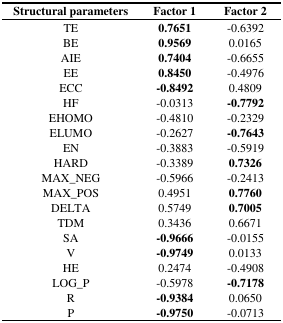
| Structural parameters | Factor 1 | Factor 2 |
 | --- | --- | --- |
 | TE | 0.7651 | −0.6392 |
 | BE | 0.9569 | 0.0165 |
 | AIE | 0.7404 | −0.6655 |
 | EE | 0.8450 | −0.4976 |
 | ECC | −0.8492 | 0.4809 |
 | HF | −0.0313 | −0.7792 |
 | EHOMO | −0.4810 | −0.2329 |
 | ELUMO | −0.2627 | −0.7643 |
 | EN | −0.3883 | −0.5919 |
 | HARD | −0.3389 | 0.7326 |
 | MAX_NEG | −0.5966 | −0.2413 |
 | MAX_POS | 0.4951 | 0.7760 |
 | DELTA | 0.5749 | 0.7005 |
 | TDM | 0.3436 | 0.6671 |
 | SA | −0.9666 | −0.0155 |
 | V | −0.9749 | 0.0133 |
 | HE | 0.2474 | −0.4908 |
 | LOG_P | −0.5978 | −0.7178 |
 | R | −0.9384 | 0.0650 |
 | P | −0.9750 | −0.0713 |